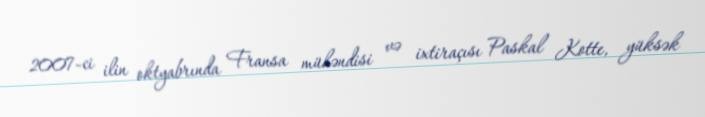
2007-ci ilin oktyabrında Fransa mühəndisi və ixtiraçısı Paskal Kotte, yüksək